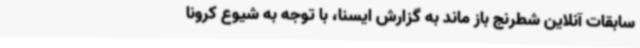
سابقات آنلاین شطرنج باز ماند به گزارش ایسنا، با توجه به شیوع کرونا